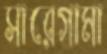
সারেগামা